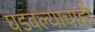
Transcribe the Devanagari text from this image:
घडवल्याचाही